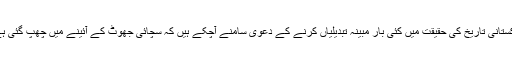
پاکستانی تاریخ کی حقیقت میں کئی بار مبینہ تبدیلیاں کرنے کے دعوی سامنے آچکے ہیں کہ سچائی جھوٹ کے آئینے میں چھپ گئی ہے۔